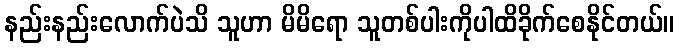
နည်းနည်းလောက်ပဲသိ သူဟာ မိမိရော သူတစ်ပါးကိုပါထိခိုက်စေနိုင်တယ်။